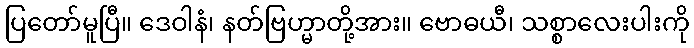
ပြတော်မူပြီ။ ဒေဝါနံ၊ နတ်ဗြဟ္မာတို့အား။ ဗောဓယီ၊ သစ္စာလေးပါးကို